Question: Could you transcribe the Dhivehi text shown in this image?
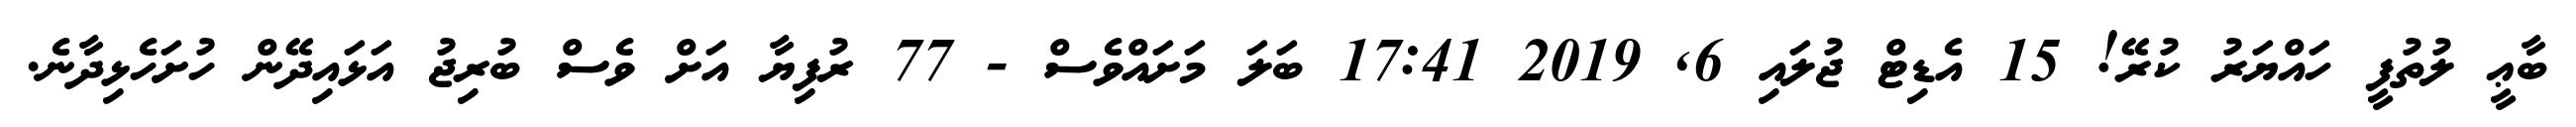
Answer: ބާޢީ ލުތުފީ ހައްޔަރު ކުރޭ! 15 އެޑިޓް ޖުލައި 6, 2019 17:41 ބަލަ މަށައްވެސް - 77 ރުފިޔާ އަށް ވެސް ބުރިޖު އަޅައިދޭން ހުށަހެޅިދާނެ.